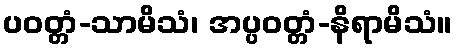
ပဝတ္တံ-သာမိသံ၊ အပ္ပဝတ္တံ-နိရာမိသံ။